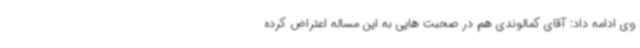
وی ادامه داد: آقای کمالوندی هم در صحبت هایی به این مساله اعتراض کرده